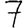
Digit: 7